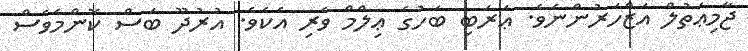
ޖާމިޢަތުލް އަޒްހަރުންނެވެ. ޢަރަބި ބަހުގެ ޢިލްމް ވެރި އެކެވެ. އުރުދޫ ބަސް ކޮންމެވެސް